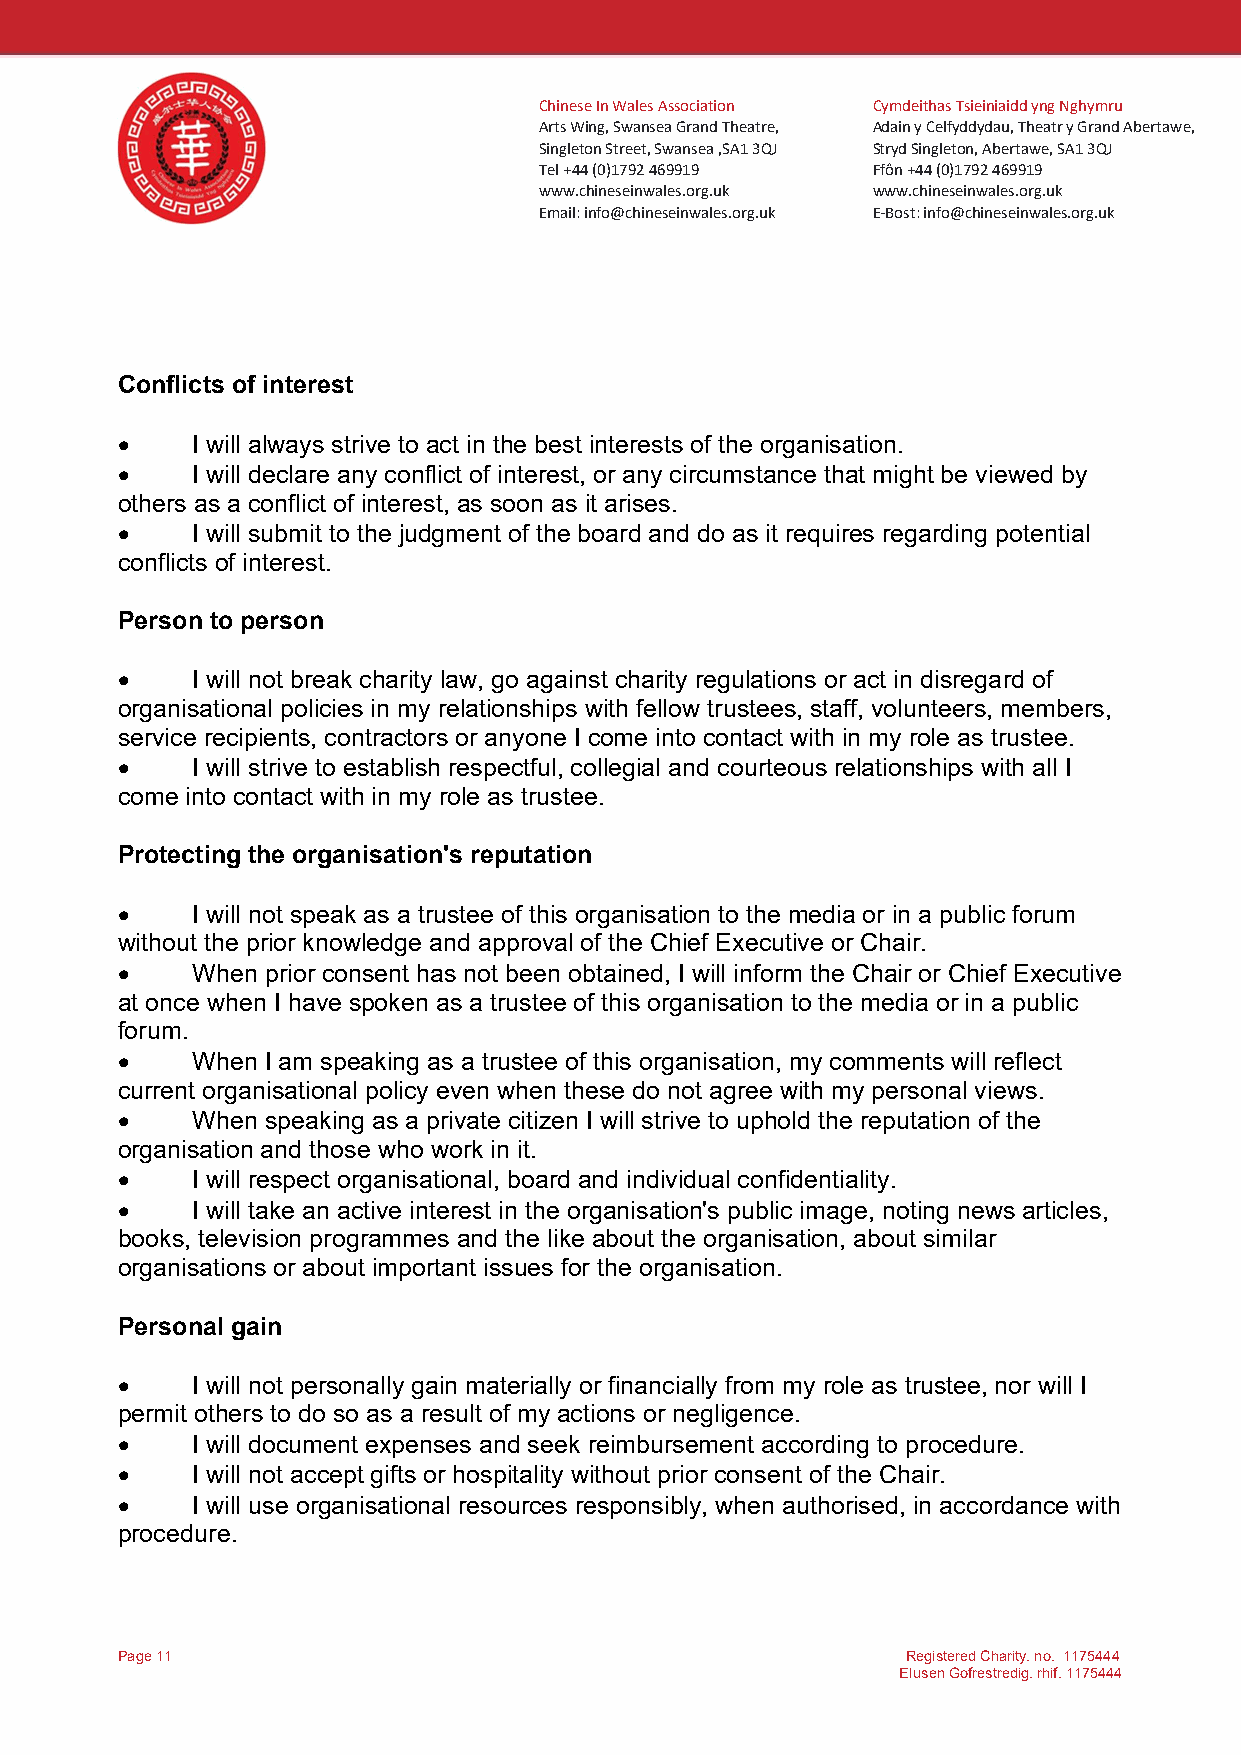
Chinese In Wales Association Cymdeithas Tsieiniaidd yng Nghymru
 Arts Wing, Swansea Grand Theatre, Adain y Celfyddydau, Theatr y Grand Abertawe,
 Singleton Street, Swansea ,SA1 3QJ Stryd Singleton, Abertawe, SA1 3QJ
 Tel +44 (0)1792 469919 Ffôn +44 (0)1792 469919
 www.chineseinwales.org.uk www.chineseinwales.org.uk
 Email: info@chineseinwales.org.uk E-Bost: info@chineseinwales.org.uk
 Conflicts of interest
     I will always strive to act in the best interests of the organisation.
     I will declare any conflict of interest, or any circumstance that might be viewed by
 others as a conflict of interest, as soon as it arises.
     I will submit to the judgment of the board and do as it requires regarding potential
 conflicts of interest.
 Person to person
     I will not break charity law, go against charity regulations or act in disregard of
 organisational policies in my relationships with fellow trustees, staff, volunteers, members,
 service recipients, contractors or anyone I come into contact with in my role as trustee.
     I will strive to establish respectful, collegial and courteous relationships with all I
 come into contact with in my role as trustee.
 Protecting the organisation's reputation
     I will not speak as a trustee of this organisation to the media or in a public forum
 without the prior knowledge and approval of the Chief Executive or Chair.
     When prior consent has not been obtained, I will inform the Chair or Chief Executive
 at once when I have spoken as a trustee of this organisation to the media or in a public
 forum.
     When I am speaking as a trustee of this organisation, my comments will reflect
 current organisational policy even when these do not agree with my personal views.
     When speaking as a private citizen I will strive to uphold the reputation of the
 organisation and those who work in it.
     I will respect organisational, board and individual confidentiality.
     I will take an active interest in the organisation's public image, noting news articles,
 books, television programmes and the like about the organisation, about similar
 organisations or about important issues for the organisation.
 Personal gain
     I will not personally gain materially or financially from my role as trustee, nor will I
 permit others to do so as a result of my actions or negligence.
     I will document expenses and seek reimbursement according to procedure.
     I will not accept gifts or hospitality without prior consent of the Chair.
     I will use organisational resources responsibly, when authorised, in accordance with
 procedure.
 Page 11                                             Registered Charity. no. 1175444
 Elusen Gofrestredig. rhif. 1175444